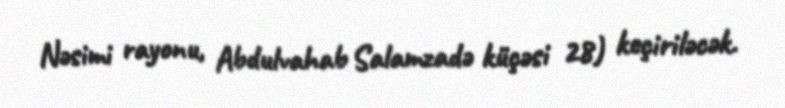
Nəsimi rayonu, Abdulvahab Salamzadə küçəsi 28) keçiriləcək.